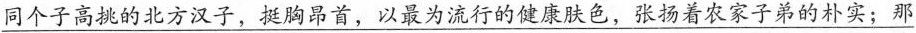
\underline{同个子高挑的北方汉子，挺胸昂首，以最为流行的健康肤色，张扬着农家子弟的朴实；那}